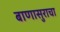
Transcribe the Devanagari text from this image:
बाणासुराचा